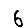
Digit: 6